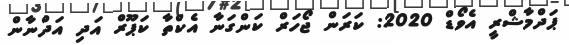
ޕަދްމާޝްރީ އެވޯޑް 2020: ކަރަން ޖޯހަރް ކަންގަނާ އެކްތާ ކަޕޫރް އަދި އަދްނާން